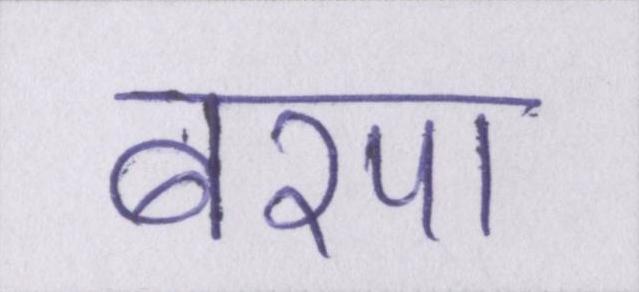
बरपा